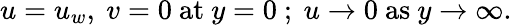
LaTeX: u=u_{w},~v=0~\textrm{at}\ y=0~;~u\to 0~\textrm{as}\ y\to\infty.